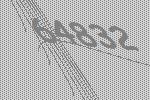
64832